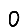
Digit: 0